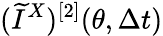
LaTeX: (\widetilde{I}^{X})^{[2]}(\theta,\Delta t)